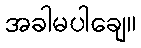
အခါမပါချေ။